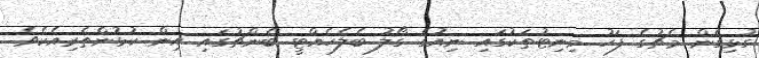
ގުޅިގެން މެޗުގެ ފަހު މިނިޓުތަކުގައި ނިއުގެ ގޯލު ބެލެހެއްޓީ ބެންޗުގައި އިން ކުޅުންތެރިއެކެވެ.